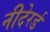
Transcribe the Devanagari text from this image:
नीदेरर्ड